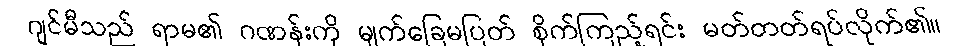
ဂျင်မီသည် ရာမ၏ ဂဏန်းကို မျက်ခြေမပြတ် စိုက်ကြည့်ရင်း မတ်တတ်ရပ်လိုက်၏။